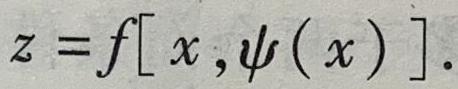
\[z = f[x,\psi(x)].\]